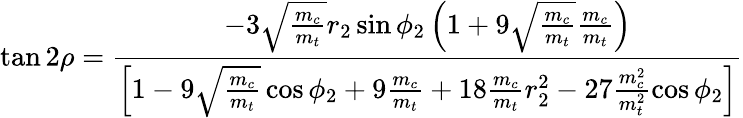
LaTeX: \tan 2\rho=\frac{-3\sqrt{\frac{m_{c}}{m_{t}}}r_{2}\sin\phi_{2}\left(1+9\sqrt{\frac{m_{c}}{m_{t}}}\frac{m_{c}}{m_{t}}\right)}{\left[1-9\sqrt{\frac{m_{c}}{m_{t}}}\cos\phi_{2}+9\frac{m_{c}}{m_{t}}+18\frac{m_{c}}{m_{t}}r_{2}^{2}-27\frac{m_{c}^{2}}{m_{t}^{2}}\cos\phi_{2}\right]}